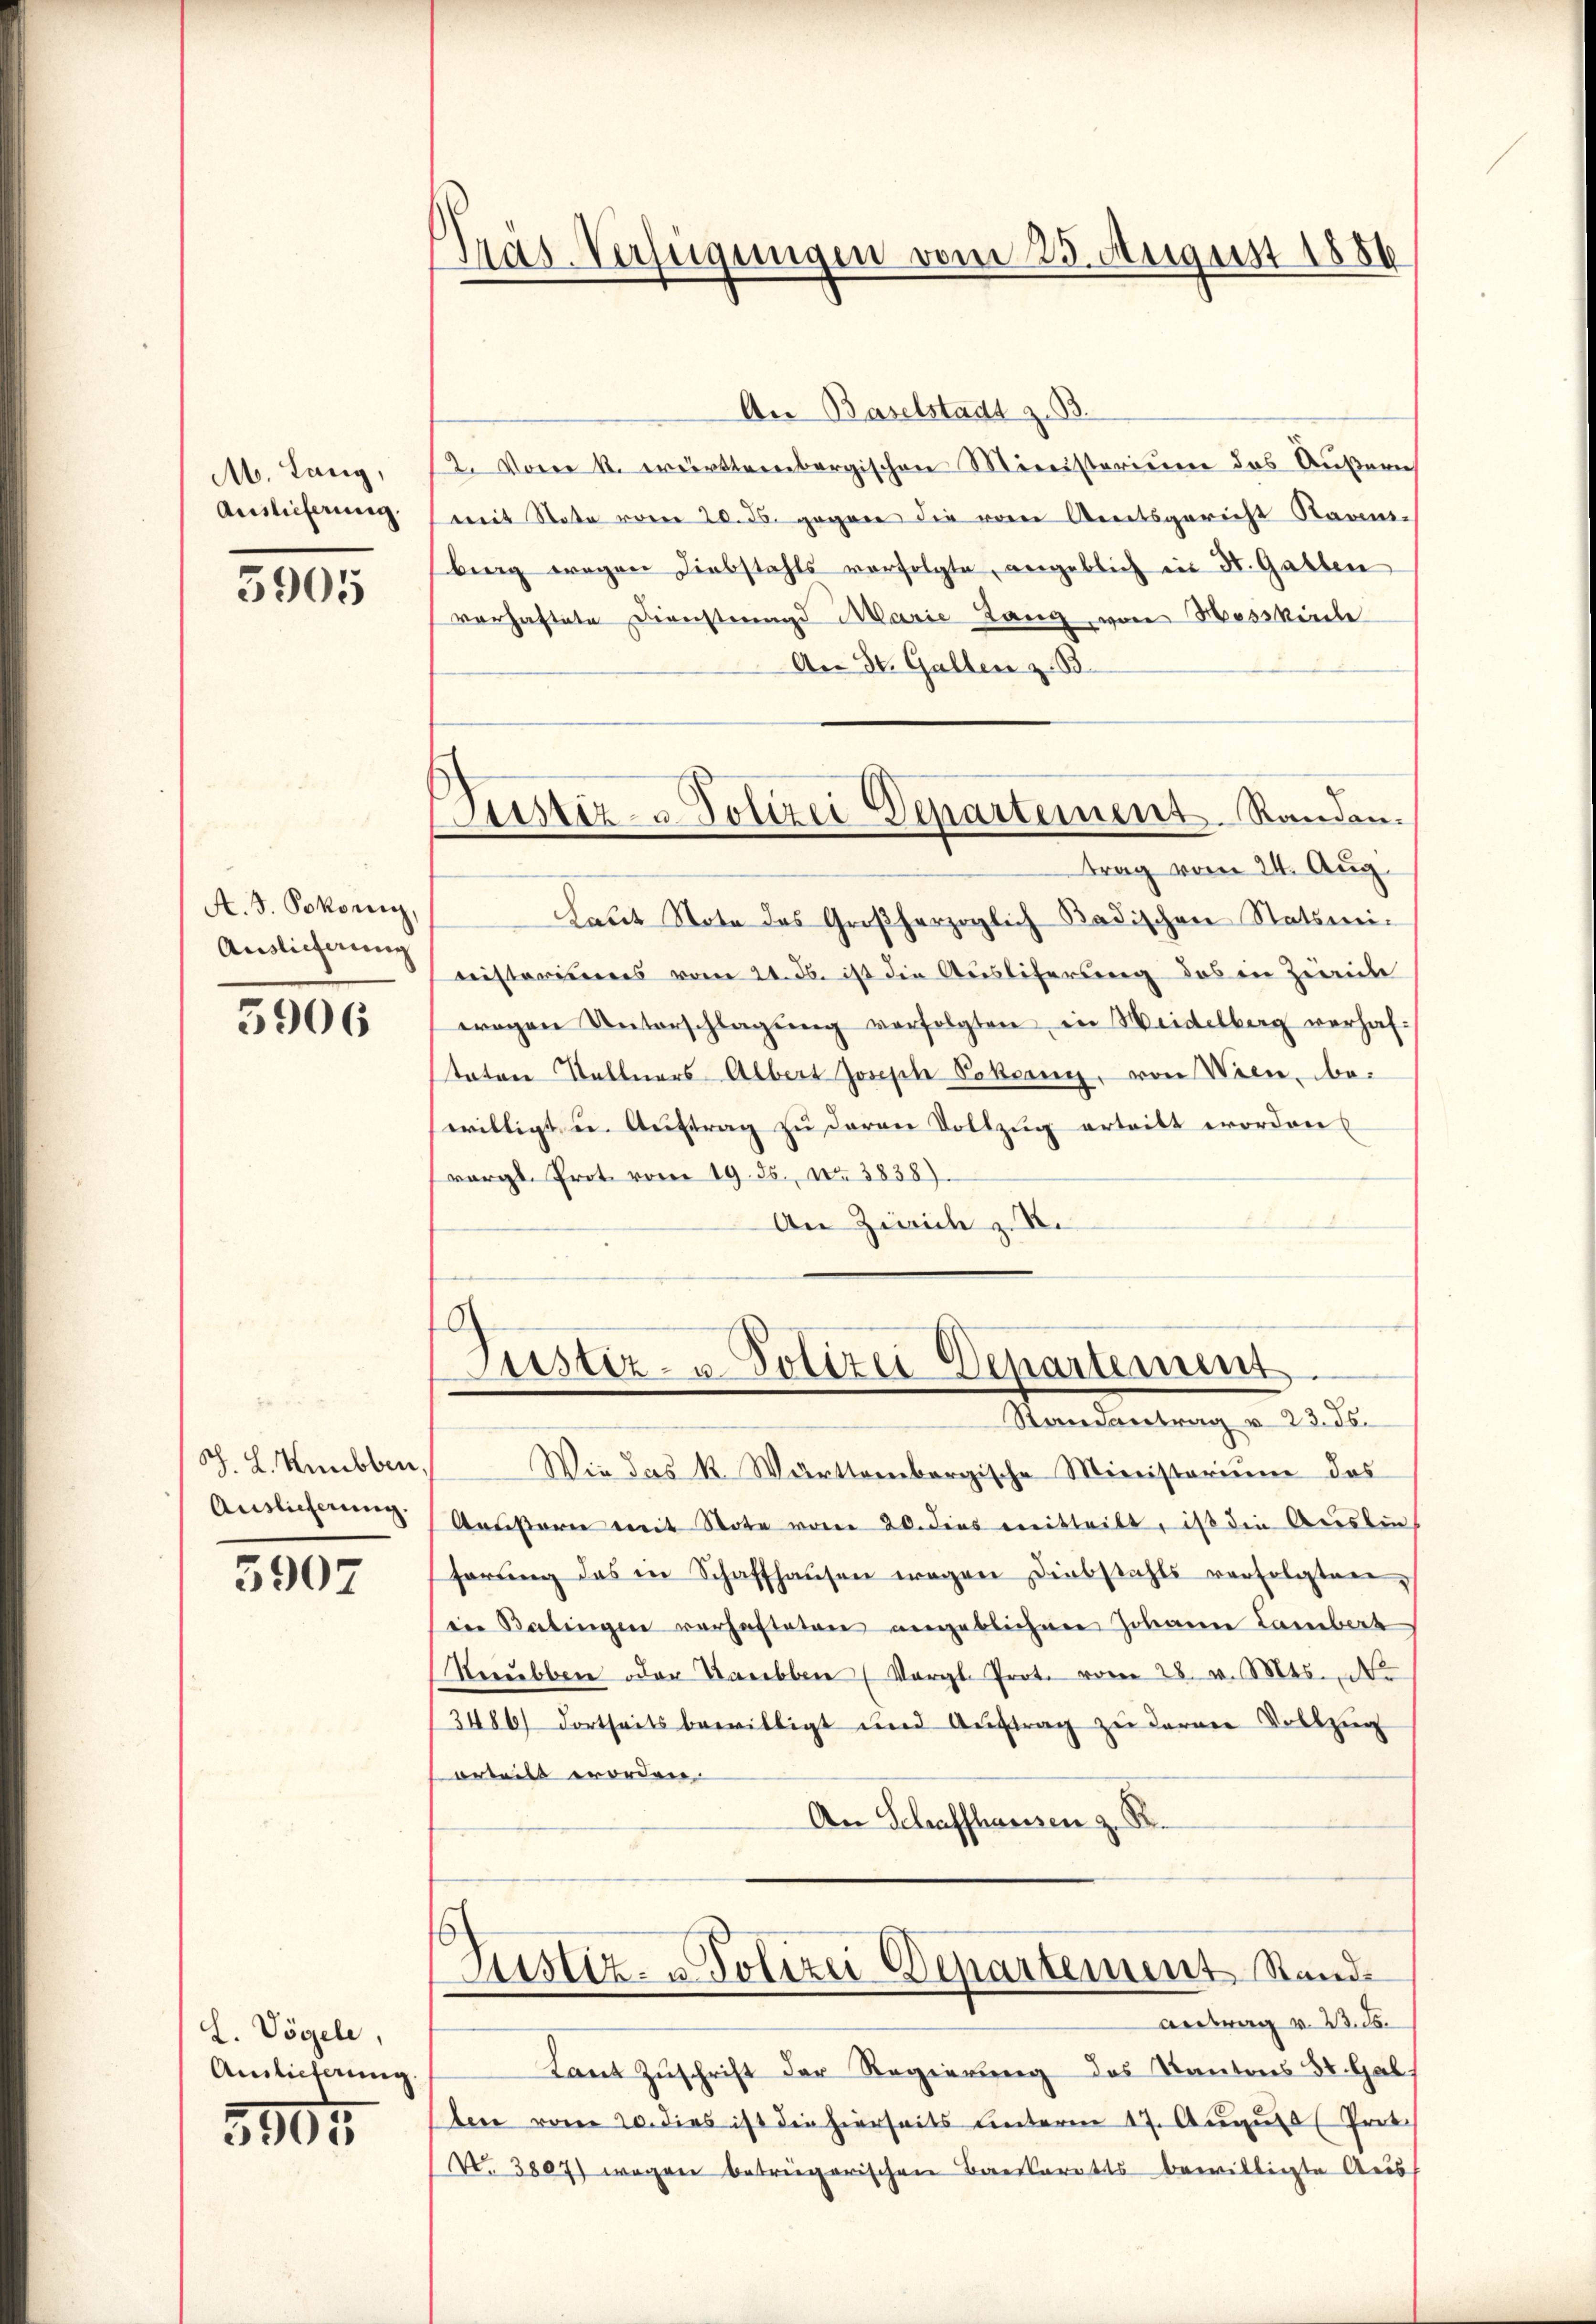
M. Lang,
Auslieferung.

5905

A. S. Pokorn,
Auslieferung

5906

S. H. Heubben,
Auslieferung.

5907

L. Vögele,
Auslieferung

3905

Pras-Verfügungen vom 25. August 1886

Justiz- u Polizei Departement Randen.

An Baselstadt z. B
2. Vom k. württembergischen Ministerium das Äußern
mit State vom 20. ds. gegen die von Streitsgericht Raum-
berg wegen Diebstahls verfolgte, angeblich in St. Gallen
verhaftete Dienstrengs Marie Lang von Hesskirche
An St. Gallen z. B.
trag vom 24. Aug.
haut Note des Großherzoglich Badischen Statsminiistoriums vom 21. ds. ist die Ausliterung des in Zürich
wegen Unterschlagung verfolgten in Weidelberg verhaftaten Stallners Albert Joseph Pobony, von Wien, bewilligt u. Aŭftrag zu daran Vollzug ertritt worden
vergl. Prot. vom 19. ds., No 3838).
An Zürich z. B.

.
ustiz- u. Polizei-Departement

Randantrag v. 23. 35.
Wie das K. Württembergische Ministerium das
Aristorie mit Note von 20. dies eritteilt, ist die Aristins
ferŭng das in Schaffhausen wegen Diebstahls verfolgten,
iin Batingen verhafteten angeblichene Johanne Lambert
Recŭbben oder Barebben (Vergl. Prot. vom 28. v. Mts. d
3486/ dortseits bewilligt und Aŭftrag zu derner Vollzug
erteilt worden.
An Schaffhausen z. B.

s
Justiz- u. Polizei Departement Stand

Antrag v. 23. ds.
Laut Zuschrift der Regierung des Kantons St. Gal
ben vom 20. dies ist die hierseits Lnterm 17. August Prot
No 3807) wegen betrügerischen Barskoratsbewilligte Reis